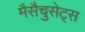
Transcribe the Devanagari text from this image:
मैसैचुसेट्स